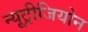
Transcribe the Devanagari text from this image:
न्यूट्रीजियोन